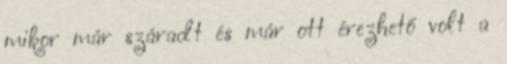
mikor már száradt és már ott érezhető volt a